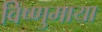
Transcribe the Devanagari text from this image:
विष्णुमाया